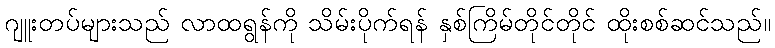
ဂျူးတပ်များသည် လာထရွန်ကို သိမ်းပိုက်ရန် နှစ်ကြိမ်တိုင်တိုင် ထိုးစစ်ဆင်သည်။